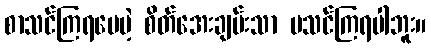
စာသင်ကြရပေမဲ့ စိတ်အေးချမ်းသာ မသင်ကြရပါဘူး။